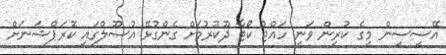
އޭސީސީން މީގެ ކުރިން ވަނީ ހައްޖު ކޯޓާ ދޫކުރުމަށް ގެންގުޅޭ އުސޫލްގައި ކޮރަޕްޝަނަށް